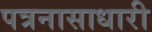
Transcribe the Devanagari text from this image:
पत्रनासाधारी